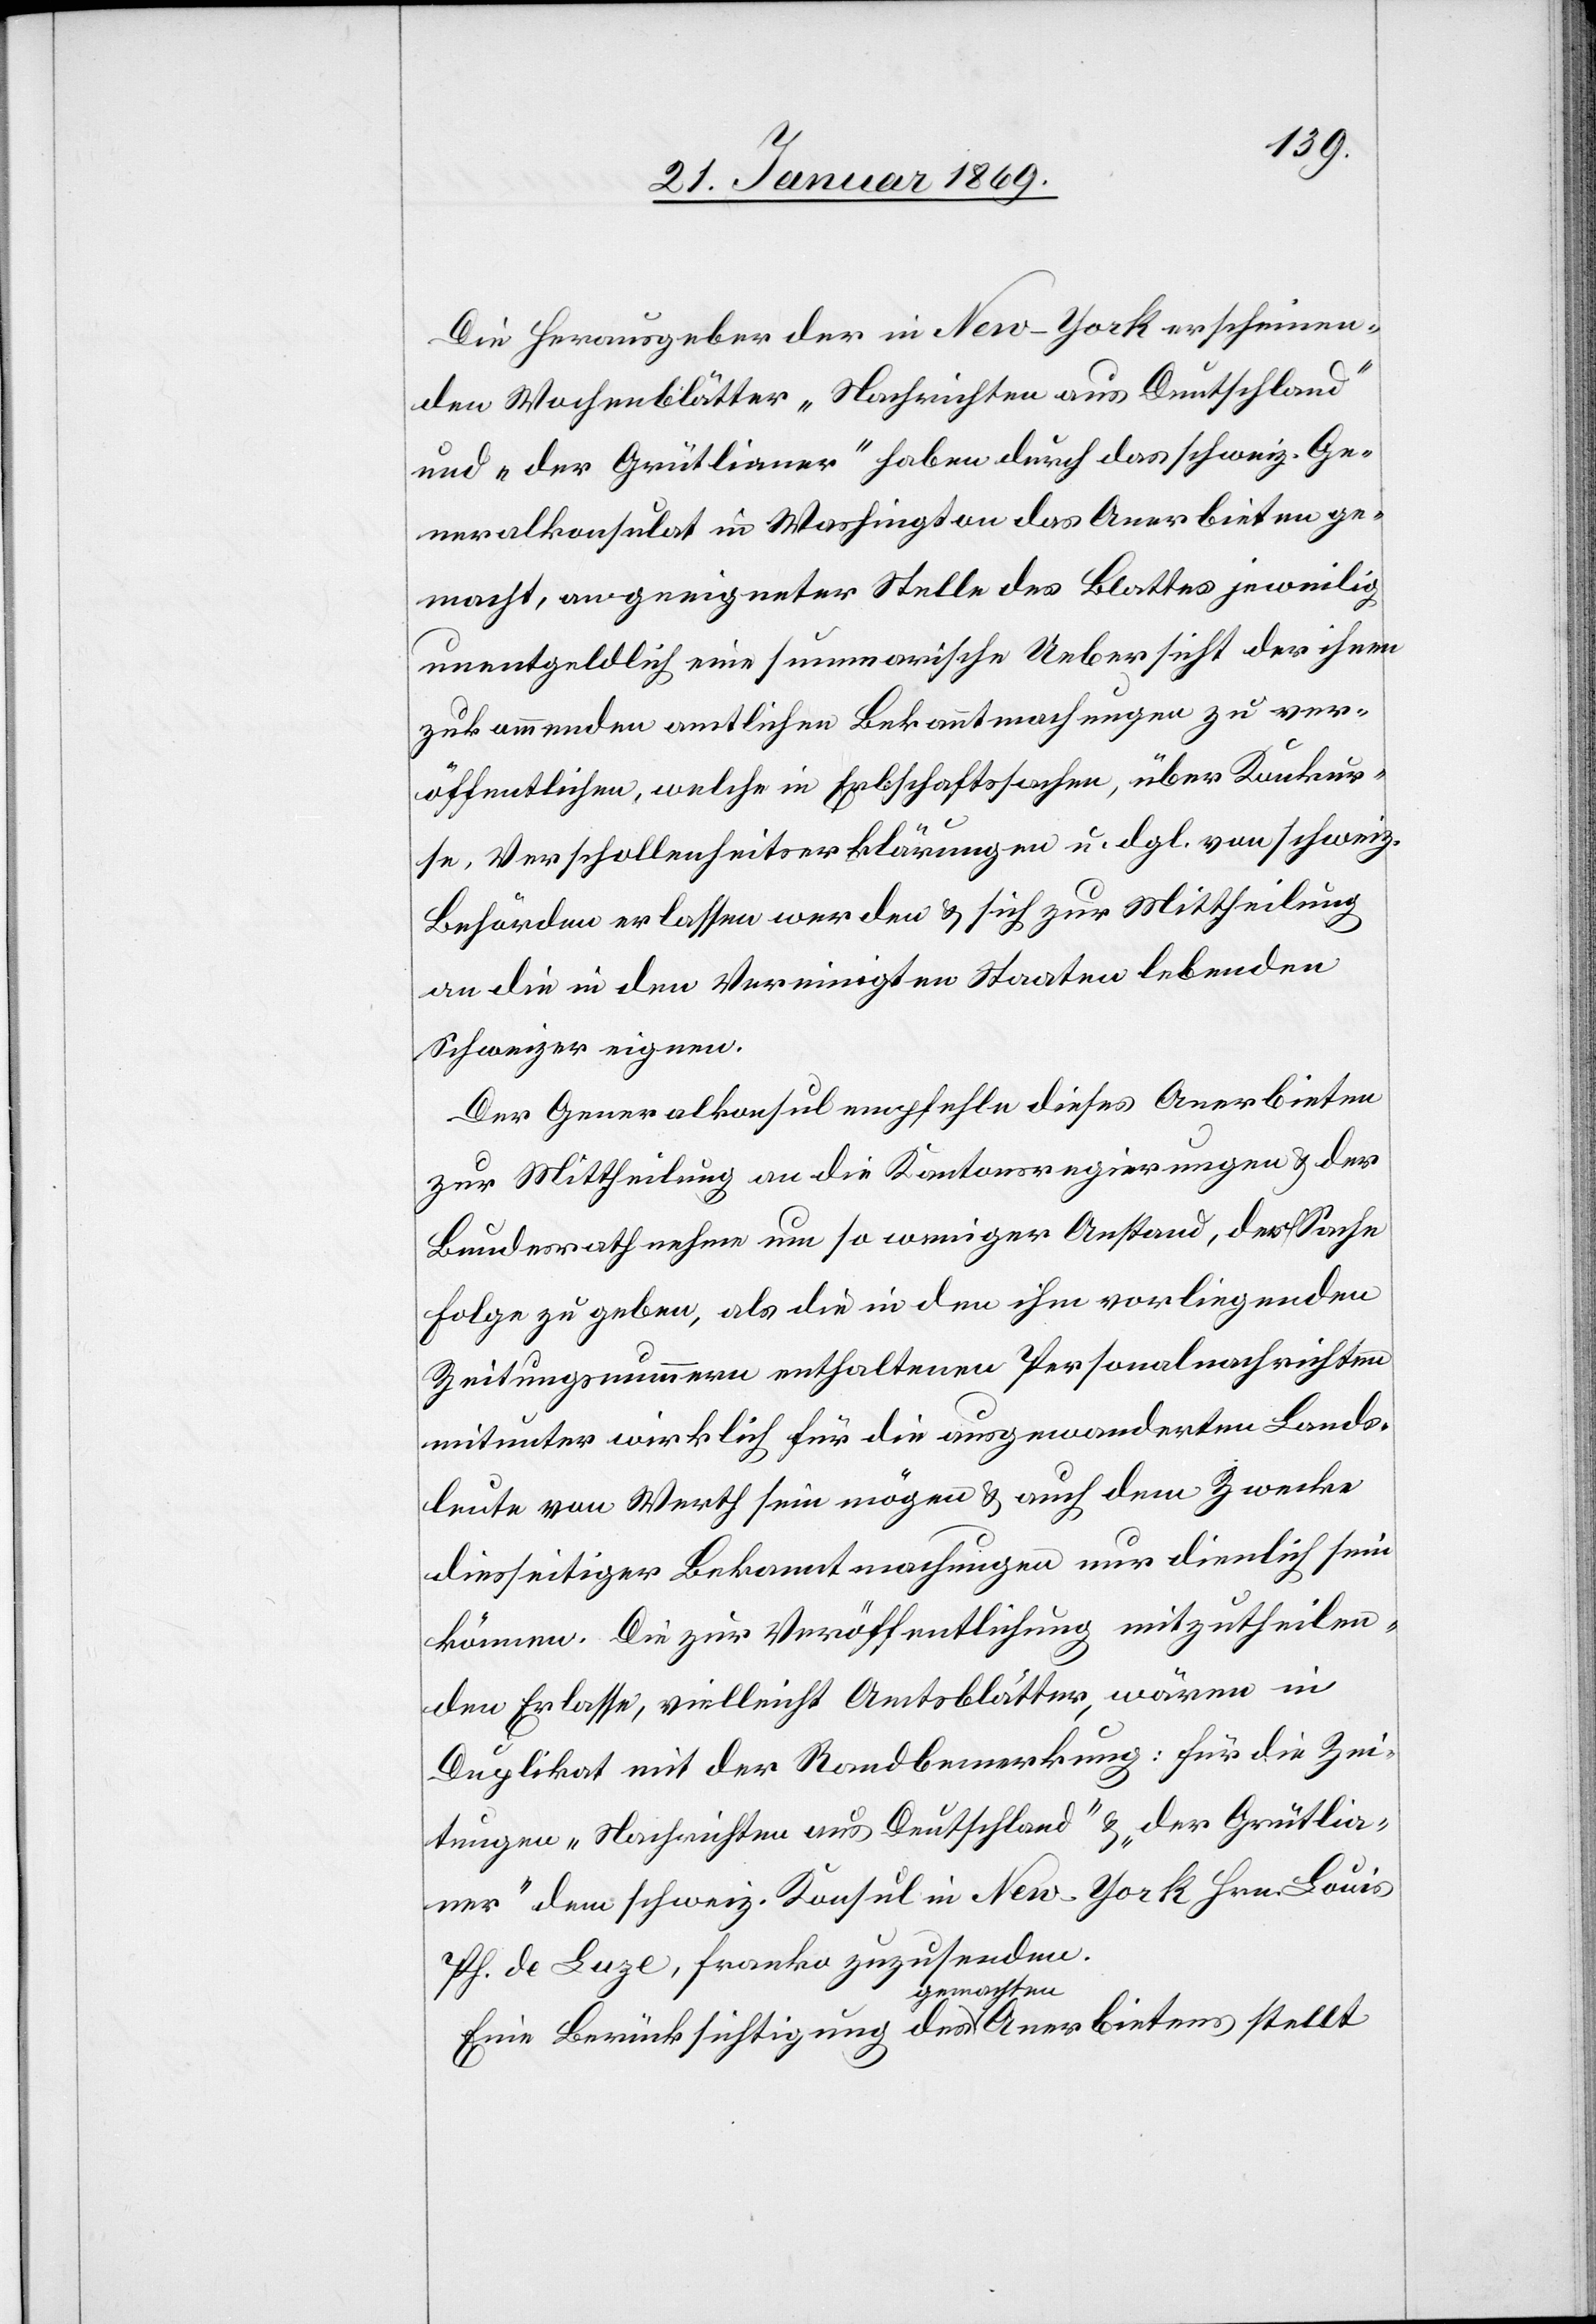
Die Herausgeber der in New-York erscheinen¬
den Wochenblätter „Nachrichten aus Deutschland“
und „der Grütlianer“ haben durch das schweiz. Ge¬
neralkonsulat in Washington das Anerbieten ge¬
macht, an geeigneter Stelle des Blattes jeweilig
unentgeldlich eine summarische Uebersicht der ihnen
zukommenden amtlichen Bekanntmachungen zu ver¬
öffentlichen, welche in Erbschaftssachen, über Konkur¬
se, Verschollenheitserklärungen u. dgl. von schweiz.
Behörden erlassen werden & sich zur Mittheilung
an die in den Vereinigten Staaten lebenden
Schweizer eignen.
Der Generalkonsul empfehle dieses Anerbieten
zur Mittheilung an die Kantonsregierungen & der
Bundesrath nehme um so weniger Anstand, der Sache
Folge zu geben, als die in den ihm vorliegenden
Zeitungsnummern enthaltenen Personalnachrichten
mitunter wirklich für die ausgewanderten Lands¬
leute von Werth sein mögen & auch dem Zwecke
diesseitiger Bekanntmachungen nur dienlich sein
können. Die zur Veröffentlichung mitzutheilen¬
den Erlasse, vielleicht Amtsblätter, wären in
Duplikat mit der Randbemerkung: für die Zei¬
tungen „Nachrichten aus Deutschland“ & „der Grütlia¬
ner“ dem schweiz. Konsul in New-York Hrn. Louis
Ph. de Luze, franko zuzusenden.
Eine Berücksichtigung des gemachten Anerbietens stellt